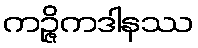
ကဉ္ဇိကဒါနဿ